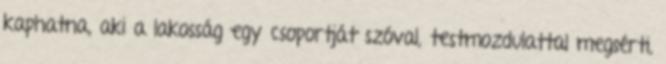
kaphatna, aki a lakosság egy csoportját szóval, testmozdulattal megsérti,